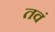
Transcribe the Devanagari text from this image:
तवं